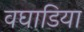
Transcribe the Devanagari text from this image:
वघाडिया